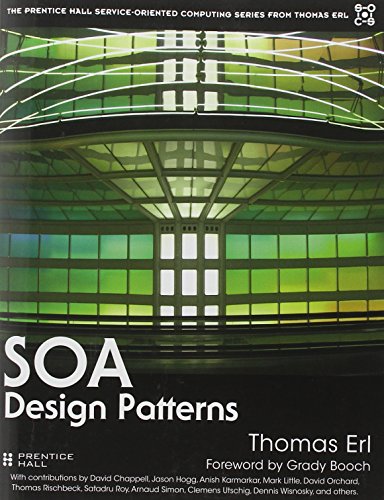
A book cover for SOA Design Patterns (The Prentice Hall Service-Oriented Computing Series from Thomas Erl); Thomas Rischbeck; Computers & Technology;